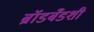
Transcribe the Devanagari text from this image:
ब्रॉडबँडशी